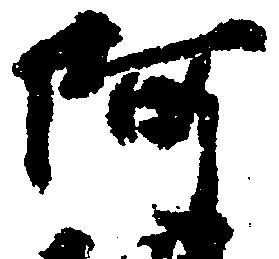
阿